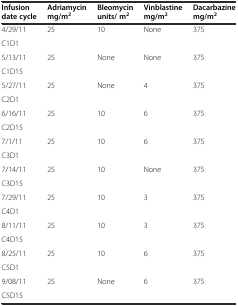
<table><thead><tr><td><b>Infusion date cycle</b></td><td><b>Adriamycin mg/m<sup>2</sup></b></td><td><b>Bleomycin units/ m<sup>2</sup></b></td><td><b>Vinblastine mg/m<sup>2</sup></b></td><td><b>Dacarbazine mg/m<sup>2</sup></b></td></tr></thead><tbody><tr><td>4/29/11</td><td rowspan="2">25</td><td rowspan="2">10</td><td rowspan="2">None</td><td rowspan="2">375</td></tr><tr><td>C1D1</td></tr><tr><td>5/13/11</td><td rowspan="2">25</td><td rowspan="2">None</td><td rowspan="2">None</td><td rowspan="2">375</td></tr><tr><td>C1D15</td></tr><tr><td>5/27/11</td><td rowspan="2">25</td><td rowspan="2">None</td><td rowspan="2">4</td><td rowspan="2">375</td></tr><tr><td>C2D1</td></tr><tr><td>6/16/11</td><td rowspan="2">25</td><td rowspan="2">10</td><td rowspan="2">6</td><td rowspan="2">375</td></tr><tr><td>C2D15</td></tr><tr><td>7/1/11</td><td rowspan="2">25</td><td rowspan="2">10</td><td rowspan="2">6</td><td rowspan="2">375</td></tr><tr><td>C3D1</td></tr><tr><td>7/14/11</td><td rowspan="2">25</td><td rowspan="2">10</td><td rowspan="2">None</td><td rowspan="2">375</td></tr><tr><td>C3D15</td></tr><tr><td>7/29/11</td><td rowspan="2">25</td><td rowspan="2">10</td><td rowspan="2">3</td><td rowspan="2">375</td></tr><tr><td>C4D1</td></tr><tr><td>8/11/11</td><td rowspan="2">25</td><td rowspan="2">10</td><td rowspan="2">3</td><td rowspan="2">375</td></tr><tr><td>C4D15</td></tr><tr><td>8/25/11</td><td rowspan="2">25</td><td rowspan="2">10</td><td rowspan="2">6</td><td rowspan="2">375</td></tr><tr><td>C5D1</td></tr><tr><td>9/08/11</td><td rowspan="2">25</td><td rowspan="2">None</td><td rowspan="2">6</td><td rowspan="2">375</td></tr><tr><td>C5D15</td></tr></tbody></table>